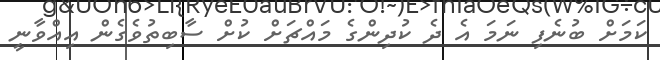
ކަމަށް ބުނެފި ނަމަ އެ ދެ ކުދިންގެ މައްޗަށް ކުށް ސާބިތުވެގެން އިއްވާނީ